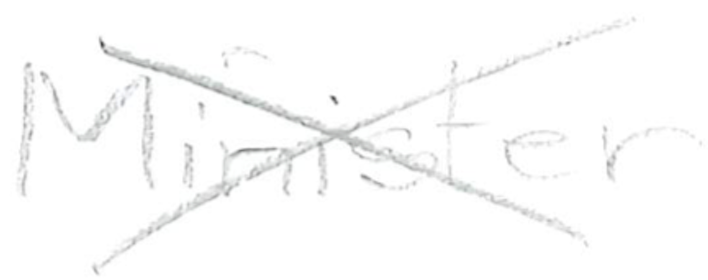
Text: Minister
Cross-out: cross
Writing tool: pencil